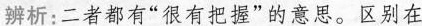
辨析：二者都有”很有把握”的意思。区别在